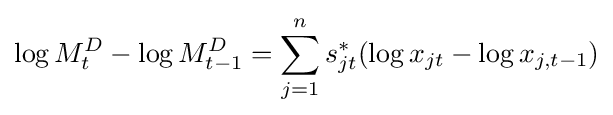
\log M_{t}^{D}-\log M_{t-1}^{D}=\sum _{j=1}^{n}s_{jt}^{*}(\log x_{jt}-\log x_{j,t-1})